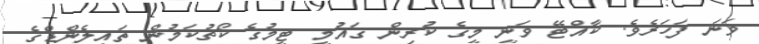
ވަނަ ފަހަރެވެ. ކާއްޓޭ ވަނީ މީގެ ކުރިން ގައުމީ ޓީމުގެ ކޯޗުކަމުން ތައިލެންޑްގެ